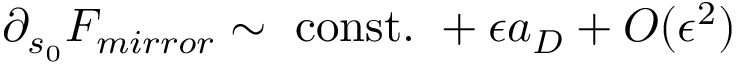
\partial _ { s _ { 0 } } { \cal F } _ { m i r r o r } \sim \mathrm { ~ c o n s t . ~ } + \epsilon a _ { D } + { \cal O } ( \epsilon ^ { 2 } )